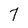
Character: 7